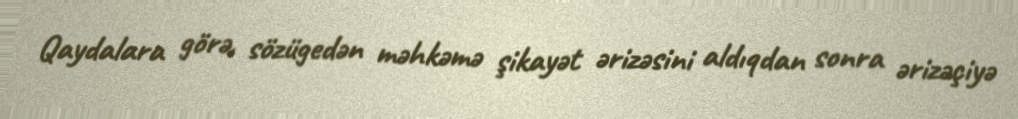
Qaydalara görə, sözügedən məhkəmə şikayət ərizəsini aldıqdan sonra ərizəçiyə